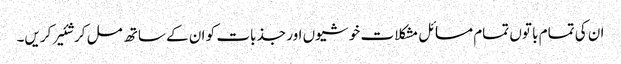
ان کی تمام با توں تمام مسائل مشکلا ت خو شیوں اور جذ بات کو ان کے ساتھ مل کر شئیر کریں۔